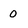
Character: 0